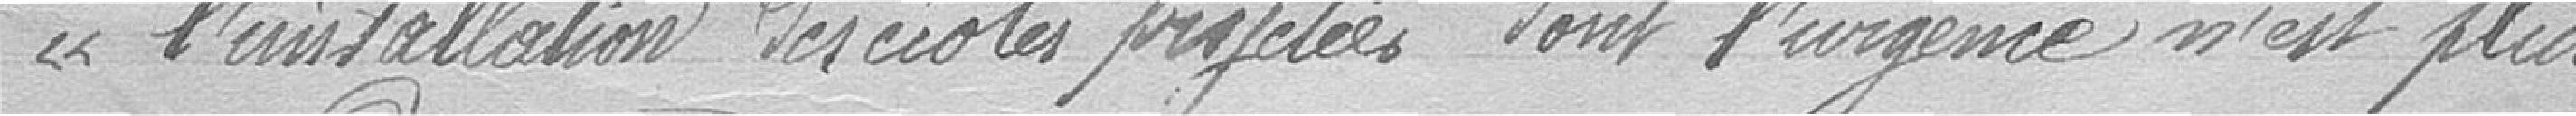
"l'installation des écoles projetées dont l'urgence n'est plus